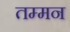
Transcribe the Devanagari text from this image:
तम्मन